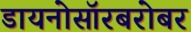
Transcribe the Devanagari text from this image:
डायनोसॉरबरोबर